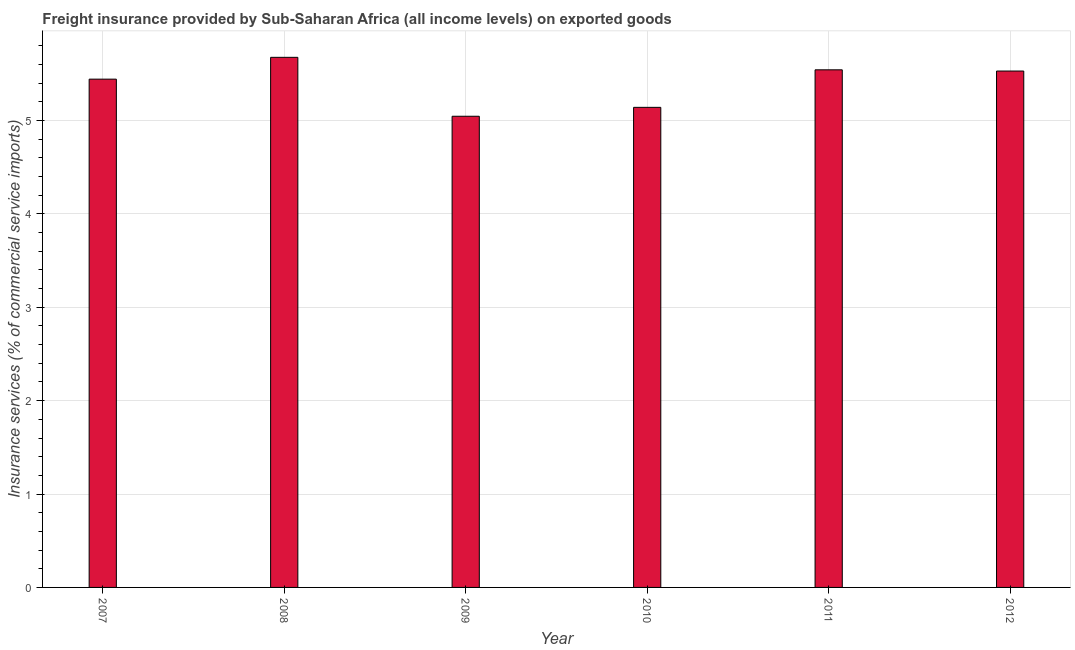
| Year | Insurance and financial services |
 | --- | --- |
 | 2007 | 5.44 |
 | 2008 | 5.68 |
 | 2009 | 5.05 |
 | 2010 | 5.14 |
 | 2011 | 5.54 |
 | 2012 | 5.53 |